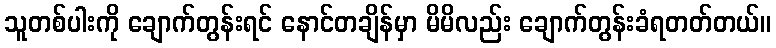
သူတစ်ပါးကို ချောက်တွန်းရင် နောင်တချိန်မှာ မိမိလည်း ချောက်တွန်းခံရတတ်တယ်။